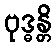
ဗုဒ္ဓန္တိ